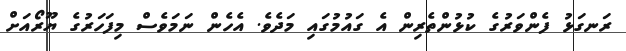
ރަނގަޅު ފެންވަރުގެ ކުޅުންތެރިން އެ ގައުމުގައި މަދެވެ. އެހެން ނަމަވެސް މިފަހަރުގެ ޔޫރޯއަށް